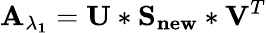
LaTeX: \mathbf{A_{\lambda_{1}}}=\mathbf{U}*\mathbf{S_{new}}*\mathbf{V}^{T}